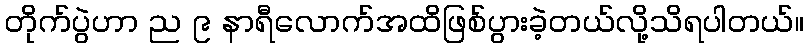
တိုက်ပွဲဟာ ည ၉ နာရီလောက်အထိဖြစ်ပွားခဲ့တယ်လို့သိရပါတယ်။